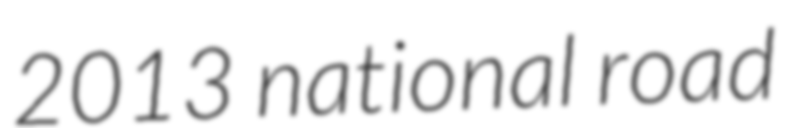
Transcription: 2013 national road